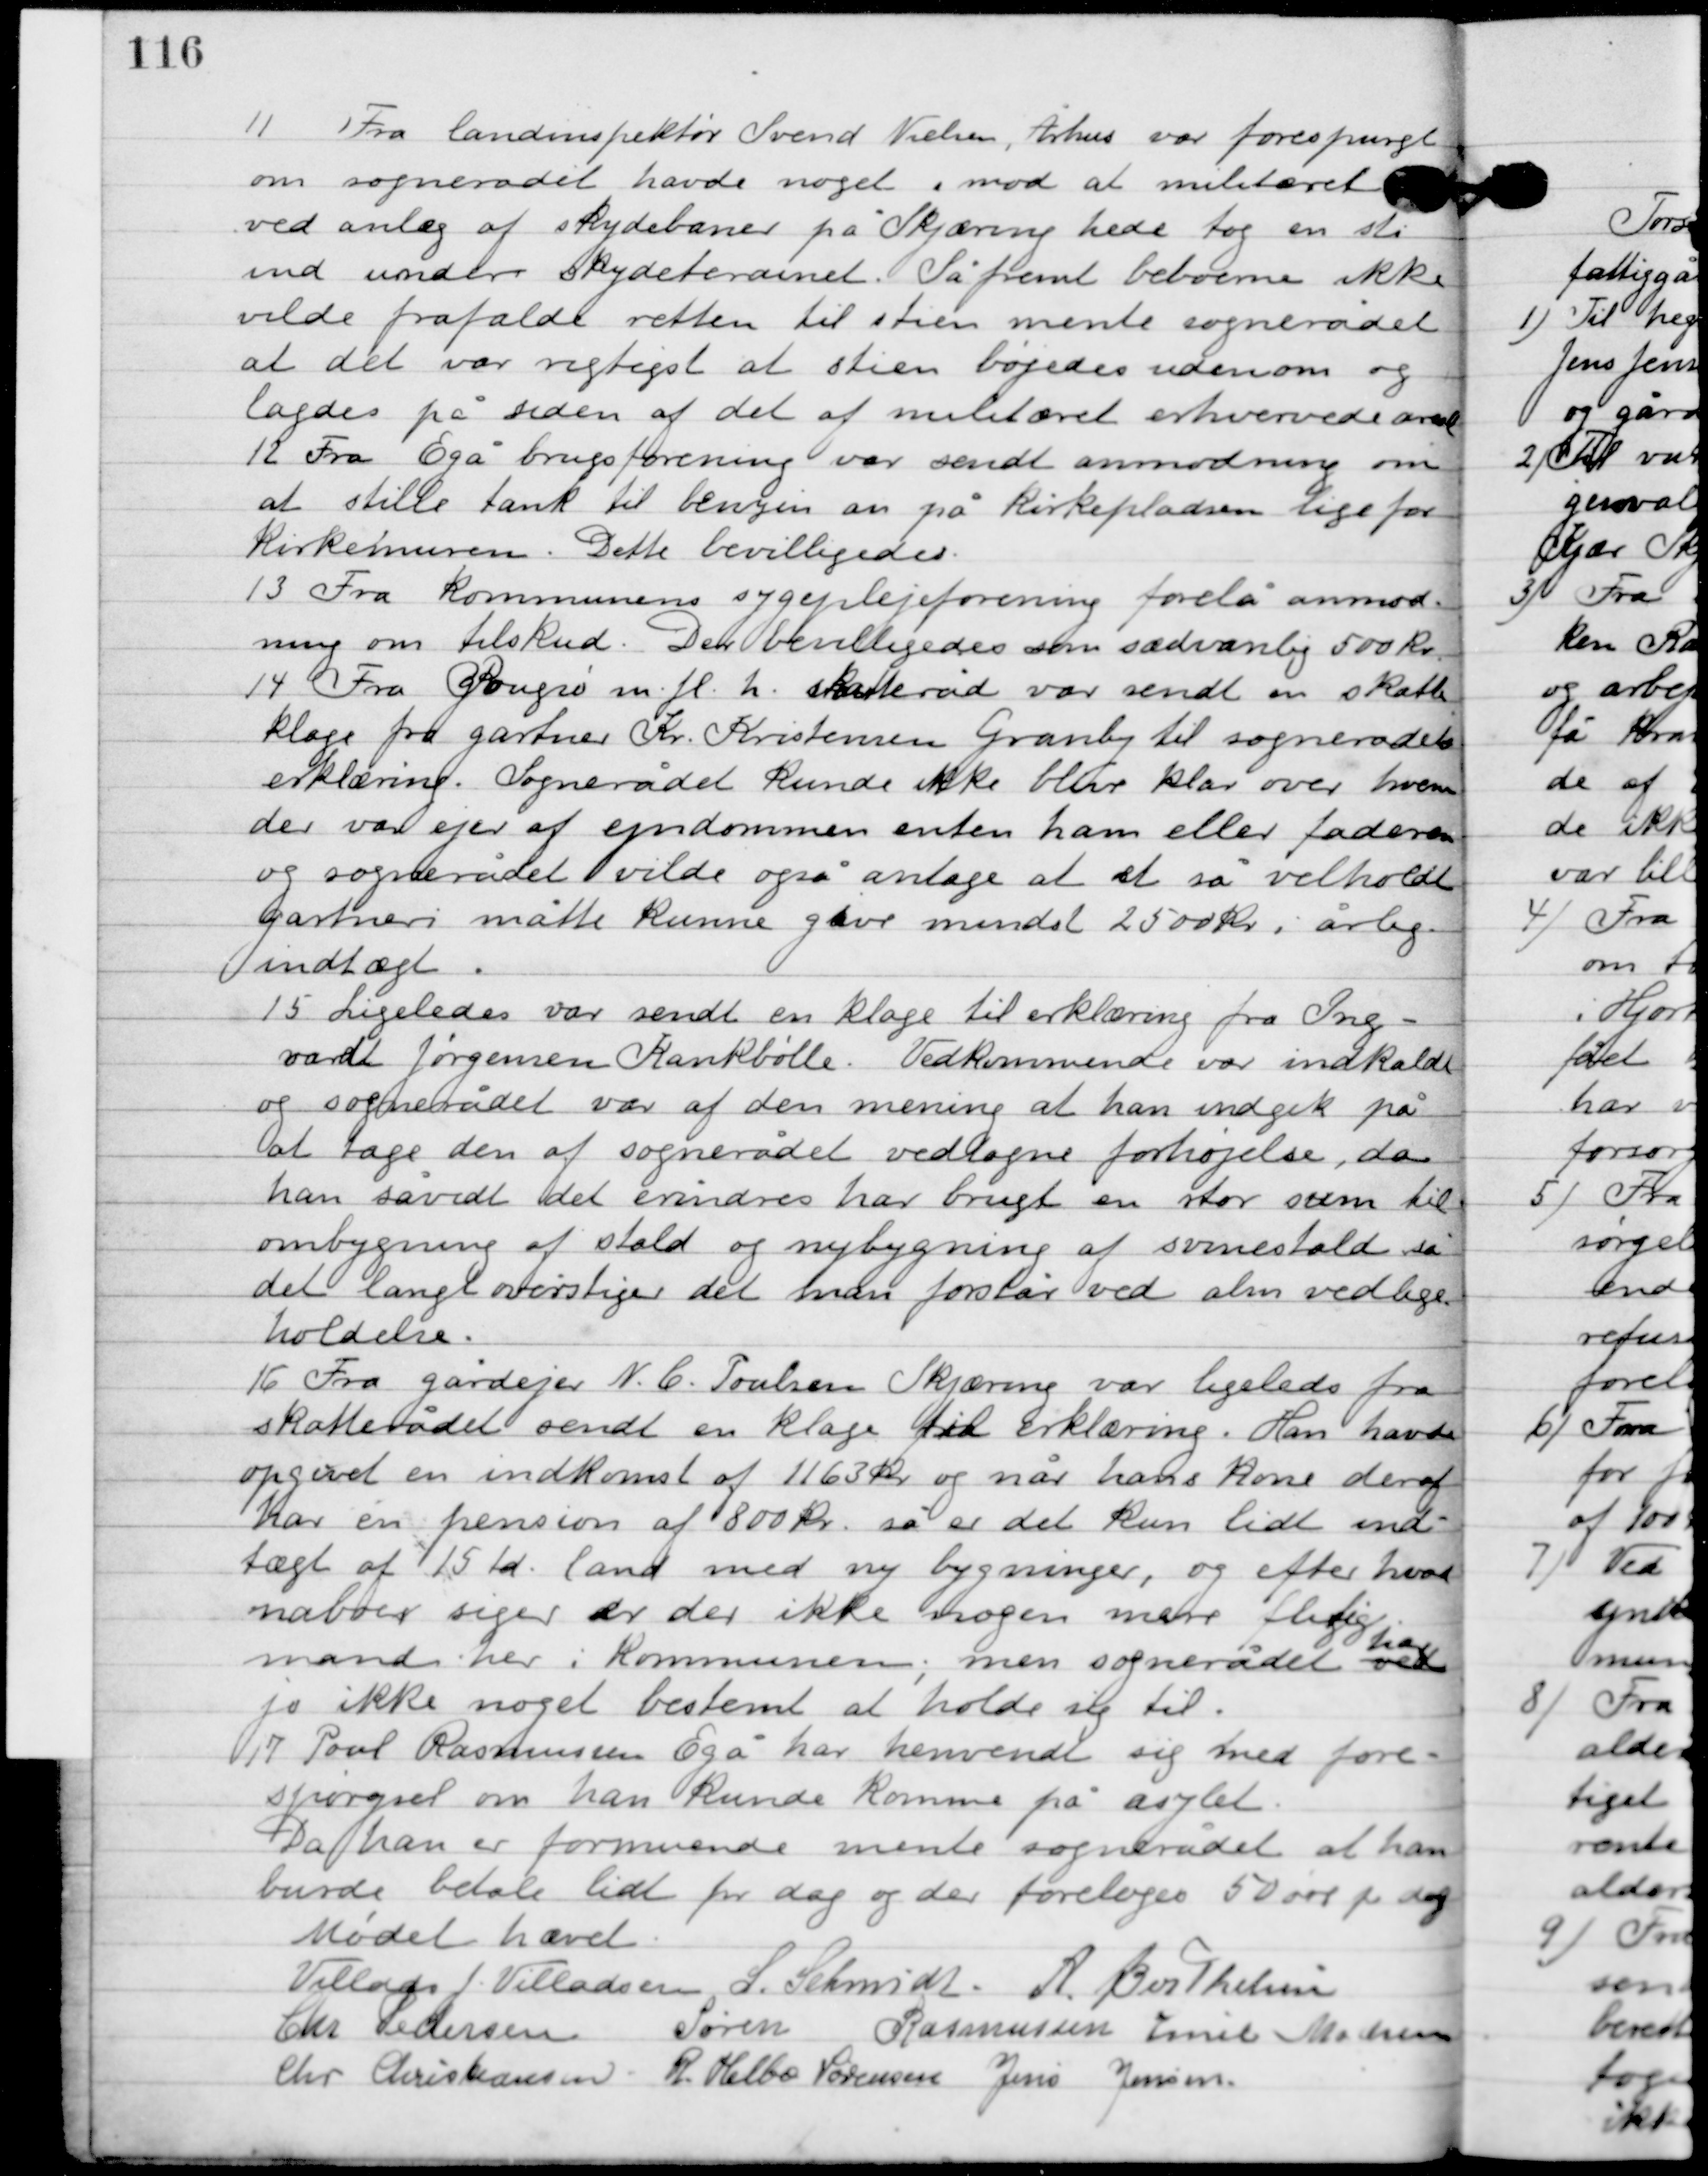
Transskription:
11

Fra landinspektør Svend Nielsen, Århus var forespurgt
om sognerådet havde noget imod at militæret
ved anlæg af skydebaner på Skjæirng hede tog en sti
ind under skydeterrænet. Såfremt beboerne ikke
vilde frafalde retten til stien mente sognerådet
at det var vigtigst at stien bøjedes udenom og
lagdes på siden af det af militæret erhvervede areal.

12

Fra Egå brugsforening var sendt anmodning om
at stille tank til benzin an på kirkepladsen lige for
Kirkemuren. Dette bevilligedes.

13

Fra kommunens sygeplejeforening forelå anmod-
ning om tilskud. Den bevilligedes som sædvanlig 500 kr.

14

Fra Rougsø m. fl. h. skatteråd var sendt en skatte-
klage fra gartner Kr. Kristensen Granly til sognerådets
erklæring. Sognerådet kunde ikke blive klar over hvem
der var ejer af ejendommen enten ham eller faderen
og sognerådet vilde også antage at et så velholdt
gartneri måtte kunde give mindst 2500 kr. i årlig
 indtægt.

15

Ligeledes var sendt en klage til erklæring fra Ing-
vardt Jørgensen Krankbølle. Vedkommende var indkaldt
og sognerådet var af den mening at han indgik på
at tage den af sognerådet vedtagne forhøjelse, da
han så vidt det erindres har brugt en stor sum til
ombygning af stald og nybygning af svinestald, så
det langt overstiger det man forstår ved alm vedlige-
holdelse.

16

Fra gårdejer N. C. Poulsen Skjæring var ligeledes fra
skatterådet sendt en klage til erklæring. Han havde
opgivet en indkomst af 1163 kr. og når hans kone deraf
har en pension af 800 kr., så er det kun lidt ind-
tægt af 15 td. Land med ny bygninger, og efter hvad
naboer siger er der ikke nogen mere flittig
mand her i kommunen; men sognerådet ved
har
jo ikke noget bestemt at holde sig til.

17

Poul Rasmussen Egå har henvendt sig med fore-
spørsel om han kunde komme på arbejdet.
Da han er formuende mente sognerådet at han
burde betale lidt pr. dag og der foretoges 50 øre pr. dag

Mødet hævet.

Villads J. Villadsen
I. Schmidt
 A. Berthelsen
Chr. Pedersen
Søren Rasmussen
Emil Madsen
Chr. Kristiansen
R. Helbo Sørensen
Jens Jensen